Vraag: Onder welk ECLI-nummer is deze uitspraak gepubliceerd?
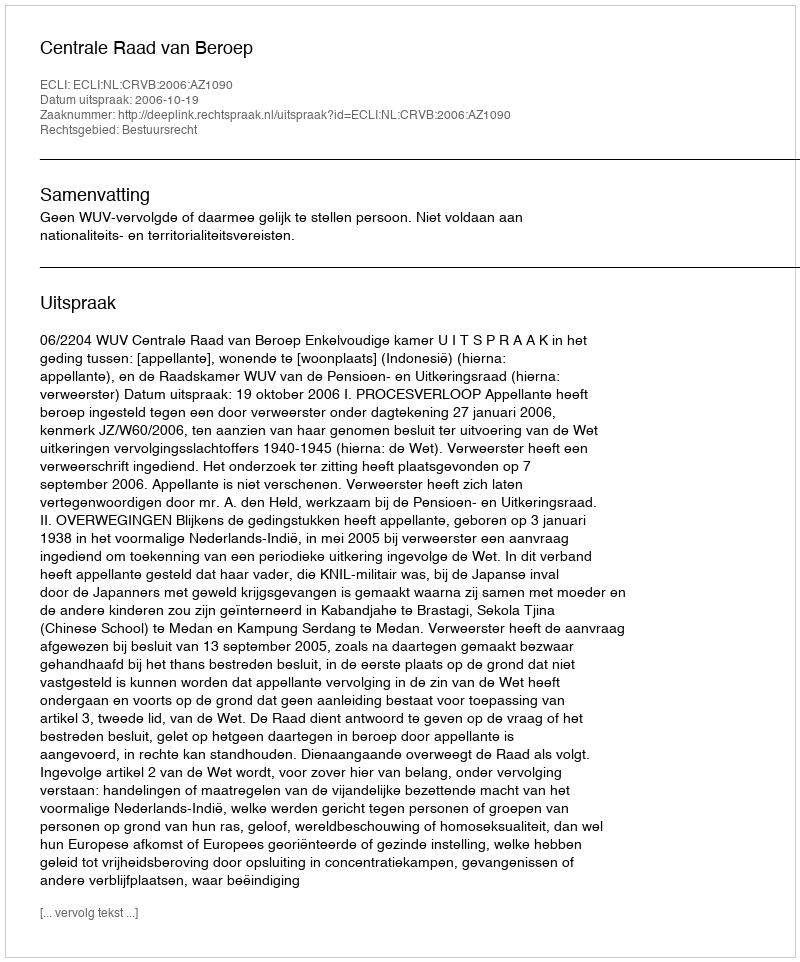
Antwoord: ECLI:NL:CRVB:2006:AZ1090